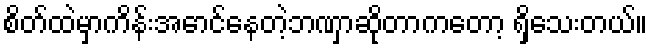
စိတ်ထဲမှာကိန်းအောင်နေတဲ့ဘဏှာဆိုတာကတော့ ရှိသေးတယ်။